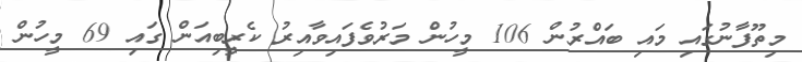
މިތޫފާނުގައި މައި ބައްރުން 106 މީހުން މަރުވެފައިވާއިރު ކެރީބިއަން ގައި 69 މީހުން